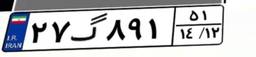
۰۱گ۵۴۸۰۶